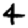
Digit: 4